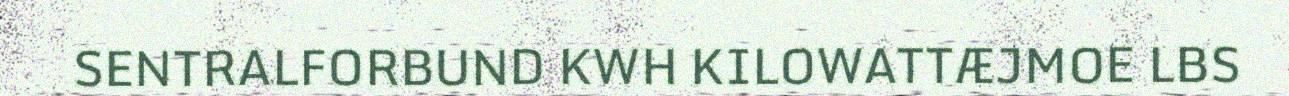
SENTRALFORBUND KWH KILOWATTÆJMOE LBS